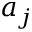
a _ { j }